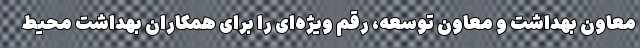
معاون بهداشت و معاون توسعه، رقم ویژه‌ای را برای همکاران بهداشت محیط